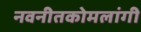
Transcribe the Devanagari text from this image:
नवनीतकोमलांगी